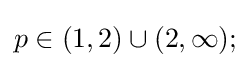
p\in (1,2)\cup (2,\infty );